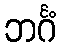
ဘင်္ဂံ